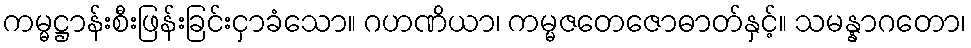
ကမ္မဋ္ဌာန်းစီးဖြန်းခြင်းငှာခံသော။ ဂဟဏိယာ၊ ကမ္မဇတေဇောဓာတ်နှင့်။ သမန္နာဂတော၊